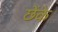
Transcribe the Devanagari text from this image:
छेंके